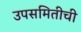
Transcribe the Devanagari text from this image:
उपसमितीची